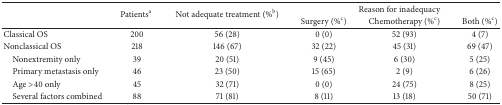
| <ROWSPAN=2>  | <ROWSPAN=2> Patientsa | <ROWSPAN=2> Not adequate treatment (%b) | <COLSPAN=3> Reason for inadequacy |
 | Surgery (%c) | Chemotherapy (%c) | Both (%c) |
 | --- | --- | --- | --- | --- | --- |
 | Classical OS | 200 | 56 (28) | 0 (0) | 52 (93) | 4 (7) |
 | Nonclassical OS | 218 | 146 (67) | 32 (22) | 45 (31) | 69 (47) |
 | Nonextremity only | 39 | 20 (51) | 9 (45) | 6 (30) | 5 (25) |
 | Primary metastasis only | 46 | 23 (50) | 15 (65) | 2 (9) | 6 (26) |
 | Age >40 only | 45 | 32 (71) | 0 (0) | 24 (75) | 8 (25) |
 | Several factors combined | 88 | 71 (81) | 8 (11) | 13 (18) | 50 (71) |